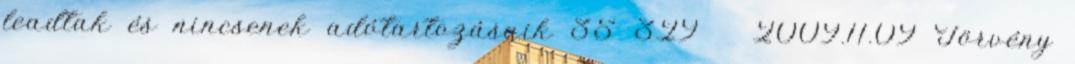
leadtak és nincsenek adótartozásaik 35 329 2009.11.09 Törvény